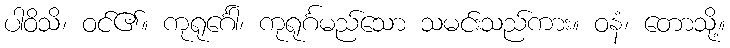
ပါဝိသိ၊ ဝင်၏။ ကုရုင်္ဂေါ၊ ကုရုင်္ဂမည်သော သမင်းသည်ကား။ ဝနံ၊ တောသို့။